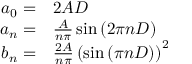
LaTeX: \begin{array} { r l } { a _ { 0 } = } & { { } 2 A D } \\ { a _ { n } = } & { { } { \frac { A } { n \pi } } \sin \left( 2 \pi n D \right) } \\ { b _ { n } = } & { { } { \frac { 2 A } { n \pi } } \left( \sin \left( \pi n D \right) \right) ^ { 2 } } \end{array}